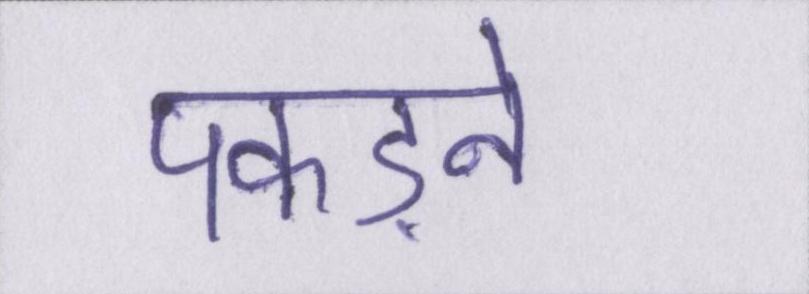
पकड़ने